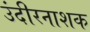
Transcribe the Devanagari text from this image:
उंदीरनाशक